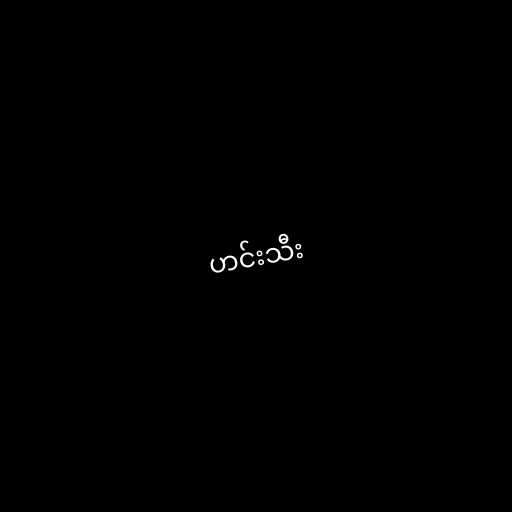
ဟင်းသီး